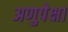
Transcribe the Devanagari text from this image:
अणुपेक्षा